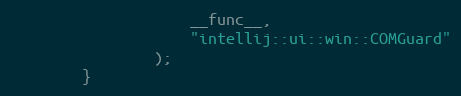
Language: C++
                    __func__,
                    "intellij::ui::win::COMGuard"
                );
        }